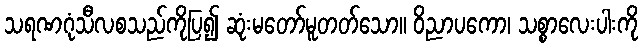
သရဏဂုံသီလစသည်ကိုပြ၍ ဆုံးမတော်မူတတ်သော။ ဝိညာပကော၊ သစ္စာလေးပါးကို